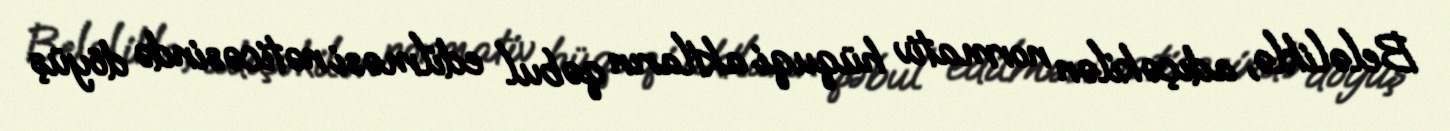
Beləliklə, adıçəkilən normativ hüquqi aktların qəbul edilməsi nəticəsində döyüş